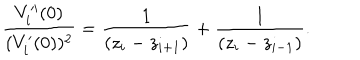
\frac { V _ { i } ^ { \prime \prime } ( 0 ) } { ( V _ { i } ^ { \prime } ( 0 ) ) ^ { 2 } } = \frac { 1 } { \left( z _ { i } - z _ { i + 1 } \right) } + \frac { 1 } { \left( z _ { i } - z _ { i - 1 } \right) } .